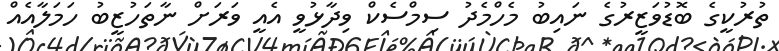
ތުރުކީގެ ބޮޑުވަޒީރުގެ ނައިބު މެހްމެދު ސިމްސެކް ވިދާޅުވީ އެއީ ވަރަށް ނާތަހުޒީބު ހަމަލާއެއް